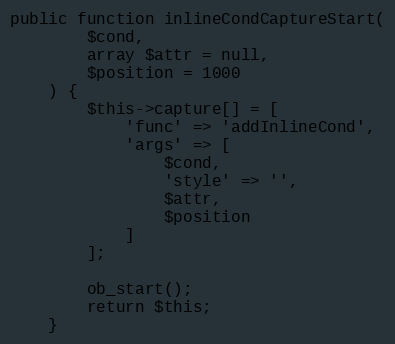
Language: PHP
public function inlineCondCaptureStart(
        $cond,
        array $attr = null,
        $position = 1000
    ) {
        $this->capture[] = [
            'func' => 'addInlineCond',
            'args' => [
                $cond,
                'style' => '',
                $attr,
                $position
            ]
        ];

        ob_start();
        return $this;
    }